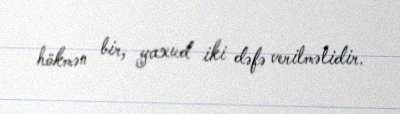
hökmən bir, yaxud iki dəfə verilməlidir.